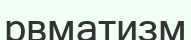
рвматизм